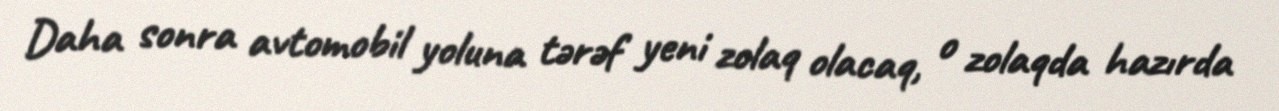
Daha sonra avtomobil yoluna tərəf yeni zolaq olacaq, o zolaqda hazırda